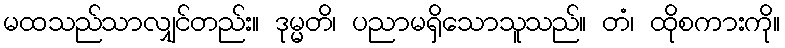
မထသည်သာလျှင်တည်း။ ဒုမ္မတိ၊ ပညာမရှိသောသူသည်။ တံ၊ ထိုစကားကို။